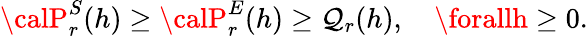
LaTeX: {\calP}_{r}^{S}(h)\geq{\calP}_{r}^{E}(h)\geq{\cal\mathcal{Q}}_{r}(h),\quad\forallh\geq0.